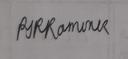
Signature authenticity: genuine